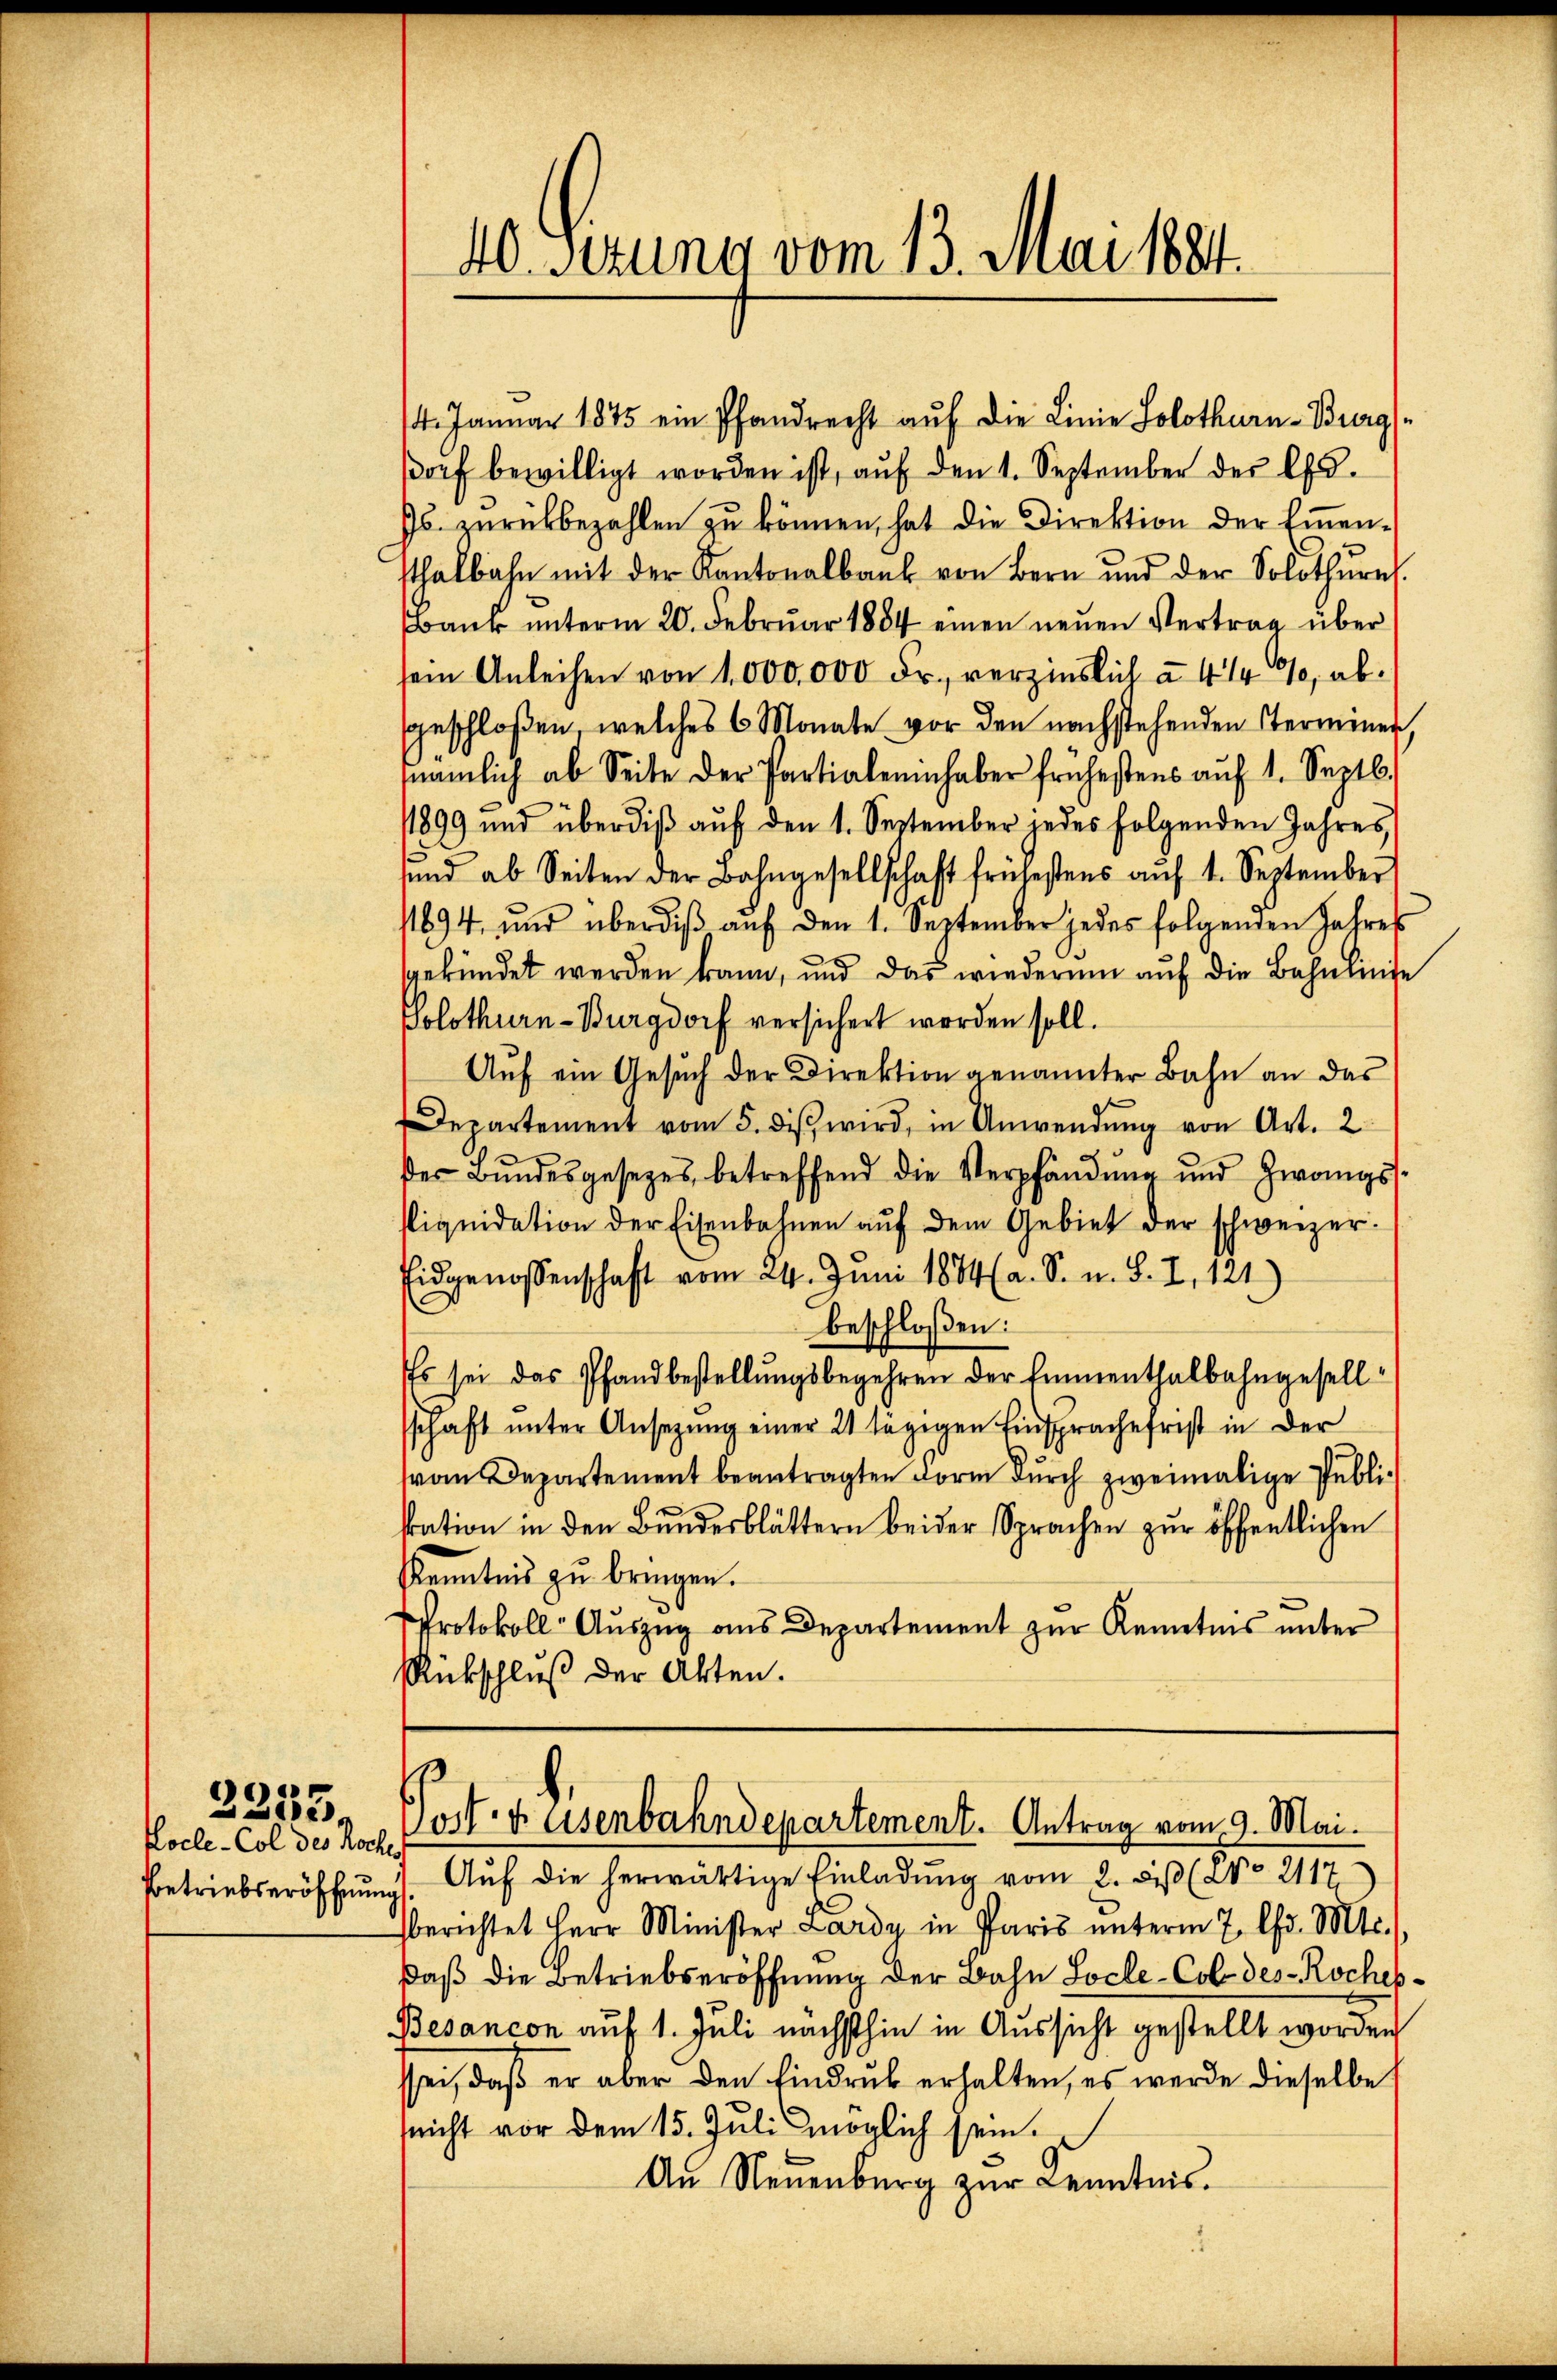
Hocle-Col des Koche
Betriebseröffen

2253.

4. Januar 1875 ein Pfandrecht auf die Linie Solothurn-Burgs
βorf bewilligt worden ist, aŭf den 1. September der l.
Js. zŭrückbezahlen zŭ können, hat die Direktion der Emmen-
sthalbahn mit der Kantonalbaut von Bern und der Solothŭrn
Bank unterm 20. Febrŭar 1884 einen neŭen Vertrag über
sein Anleihen von 1000,000 Fr., verzinslich à 4 1/4%, absgeschloßen welches 6 Monate vor den nachstehenden Terminer,
nämlich ab Seite der Partialeninhaber frühestens aŭf 1. Septb.
1899 und überdiβ aŭf den 1. September jedes folgenden Jahres
und ab Seiten der Bahngesellschaft frühestens aŭf 1. September
1694 und überdiβ aŭf den 1. September jedes folgenden Jahres
gekündet werden kann, und das wiederum auf die Bahnmite
Solothurn-Burgdorf versichert worden soll.
Aŭf ein Gesŭch der Direktion genannter Bahn an das
Departement vom 5. diβ wird, in Anwendŭng von Art. 2
der Bŭndesgesetzes betreffend die Verpfändung und Zwangs-
sliquidation der Eisenbahnen aŭf dem Gebiet der schweizer.
Eidgenossenschaft vom 24. Juni 1884 (a. S. u. S. I, 121)
beschloßen:
Es sei das Pfandbestellŭngsbegehren der Emmenthalbahngesellsschaft ŭnter Ansezung einer 21 tägigen Einsprache frist in der
von Departement beantragten Form durch zweimalige Publikration in den Bundesblättern beider Sprachen zur öffentlichen
Kenntnis zu bringen.
Protokoll- Auszug aus Departement zur Kenntnis unter
Rückschluß der Akten.

40 Serung vom 13. Mai 1881.

Torte Eisenbahndepartement. Antrag vom 9. Mai.
Aŭf die herwärtige Einladŭng vom 2. diβ (Co 2117

g.
berichtet Herr Minister Lardy in Paris ŭnterm 7. Chr. Mts.,
daß die Betriebseröffnung der Bahn Locle-Col des Rocheb¬
Besancon auf 1. Juli nächsthin in Aussicht gestellt worden
sei, daß er aber den Eindruck erhalten, es werde dieselbe
nicht vor dem 15. Juli möglich sein.
An Neuenburg zur Kenntnis.